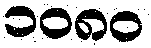
၁၀၈၀